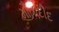
મૌતાદીદ